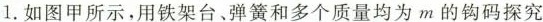
1.如图甲所示，用铁架台、弹簧和多个质量均为m的钩码探究